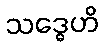
သဒ္ဓေဟိ